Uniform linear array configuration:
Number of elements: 24
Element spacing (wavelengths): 0.5
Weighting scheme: exponential
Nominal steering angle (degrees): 45
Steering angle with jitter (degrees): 45.747
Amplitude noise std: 0.05
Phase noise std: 0.05

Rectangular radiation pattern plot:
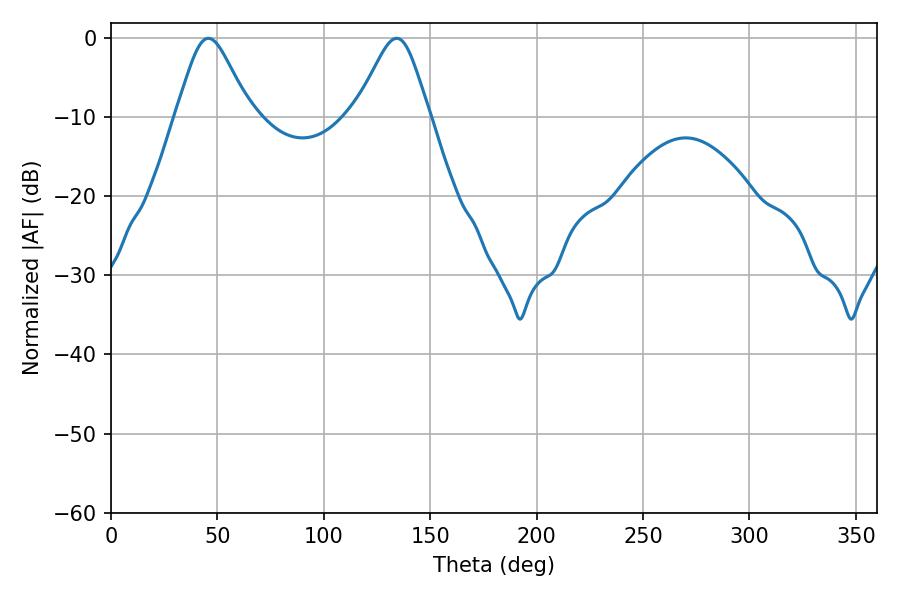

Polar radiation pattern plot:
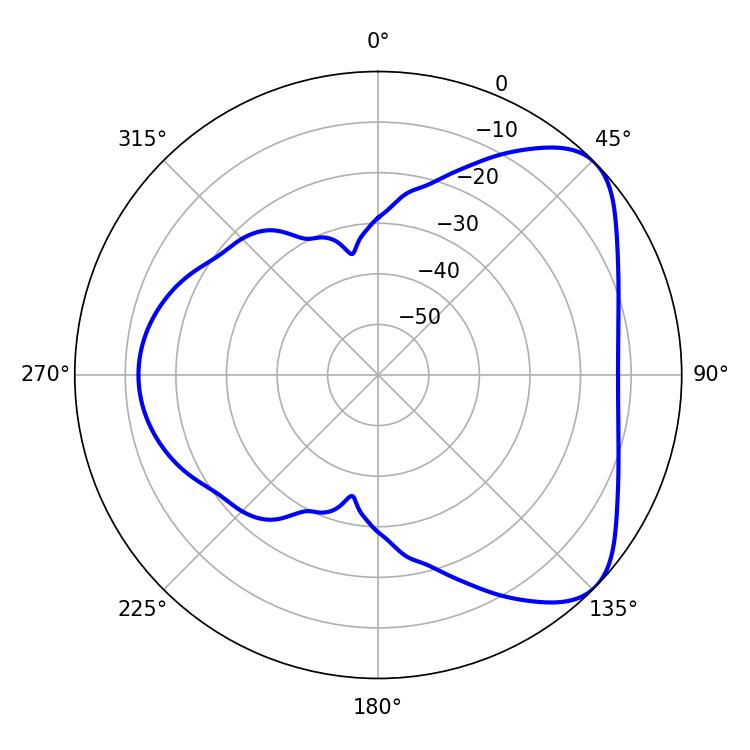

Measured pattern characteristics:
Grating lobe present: FALSE
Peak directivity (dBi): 5.918
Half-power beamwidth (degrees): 16.92
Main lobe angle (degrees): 45.72